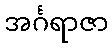
အင်္ဂရာဇာ